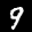
Label: 9